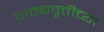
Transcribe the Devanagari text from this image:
पाठ्यवृत्तीच्या